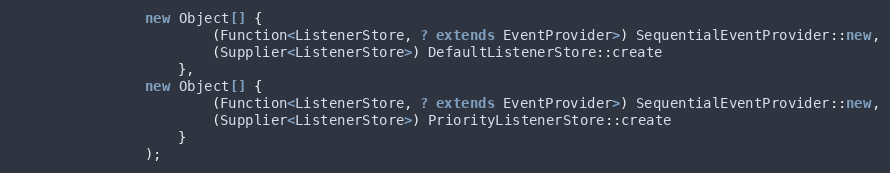
Language: Java
                new Object[] {
                        (Function<ListenerStore, ? extends EventProvider>) SequentialEventProvider::new,
                        (Supplier<ListenerStore>) DefaultListenerStore::create
                    },
                new Object[] {
                        (Function<ListenerStore, ? extends EventProvider>) SequentialEventProvider::new,
                        (Supplier<ListenerStore>) PriorityListenerStore::create
                    }
                );